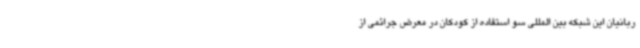
ربانیان این شبکه بین المللی سو استفاده از کودکان در معرض جرائمی از